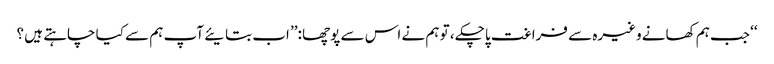
‘‘ جب ہم کھانے وغیرہ سے فراغت پاچکے ، تو ہم نے اس سے پوچھا :’’ اب بتایئے آپ ہم سے کیا چاہتے ہیں ؟